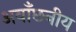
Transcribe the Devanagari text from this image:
अवाँछनीय